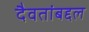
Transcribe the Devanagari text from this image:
दैवतांबद्दल